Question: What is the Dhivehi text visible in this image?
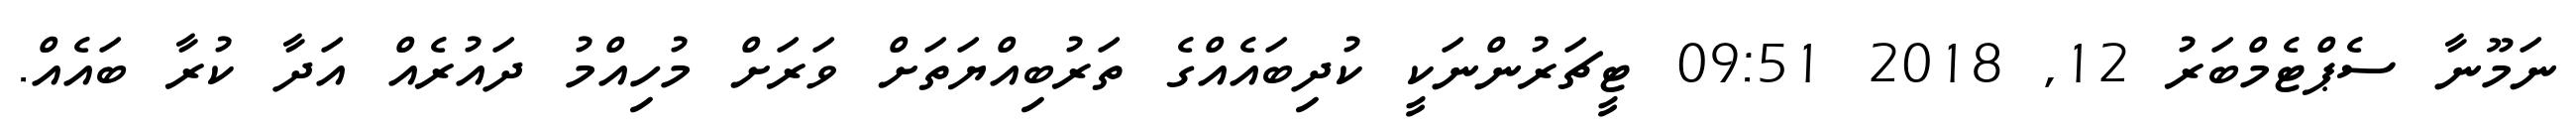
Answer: ނަމޫނާ ސެޕްޓެމްބަރު 12, 2018 09:51 ޓީޗަރުންނަކީ ކުދިބައެއްގެ ތަރުބިއްޔަތަށް ވަރަށް މުހިއްމު ދައުރެއް އަދާ ކުރާ ބައެއް.